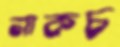
নাকচ